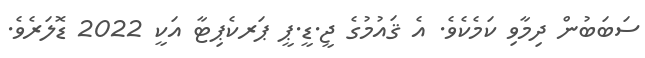
ސަބަބުން ދިމާވި ކަމެކެވެ. އެ ޤައުމުގެ ޖީ.ޑީ.ޕީ ޕަރކެޕިޓާ އަކީ 2022 ޑޮލަރެވެ.